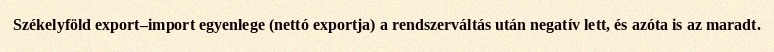
Székelyföld export–import egyenlege (nettó exportja) a rendszerváltás után negatív lett, és azóta is az maradt.